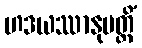
ဟဒယဿာနုပတ္တိံ